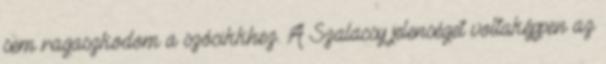
sem ragaszkodom a szócikkhez. A Szalacsy jelenséget voltaképpen az